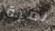
لمرة